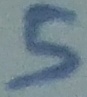
Text: 5